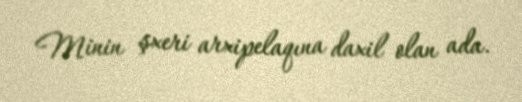
Minin şxeri arxipelaqına daxil olan ada.